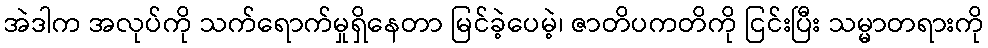
အဲဒါက အလုပ်ကို သက်ရောက်မှုရှိနေတာ မြင်ခဲ့ပေမဲ့၊ ဇာတိပကတိကို ငြင်းပြီး သမ္မာတရားကို